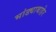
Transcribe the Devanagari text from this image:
भांड्याबाहेर